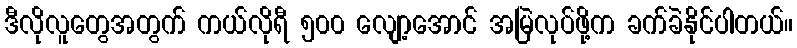
ဒီလိုလူတွေအတွက် ကယ်လိုရီ ၅၀၀ လျော့အောင် အမြဲလုပ်ဖို့က ခက်ခဲနိုင်ပါတယ်။